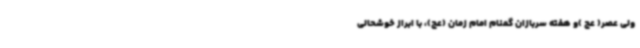
ولی عصر( عج )و هفته سربازان گمنام امام زمان (عج)، با ابراز خوشحالی